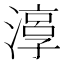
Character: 𱨛